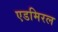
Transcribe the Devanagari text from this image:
एडमिरल